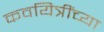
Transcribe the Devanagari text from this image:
कवयित्रींच्या